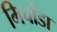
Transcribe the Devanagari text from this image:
मिर्चोडा